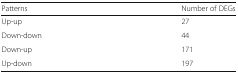
| Patterns | Number of DEGs |
 | --- | --- |
 | Up-up | 27 |
 | Down-down | 44 |
 | Down-up | 171 |
 | Up-down | 197 |